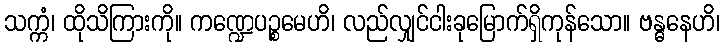
သက္ကံ၊ ထိုသိကြားကို။ ကဏ္ဍေပဉ္စမေဟိ၊ လည်လျှင်ငါးခုမြောက်ရှိကုန်သော။ ဗန္ဓနေဟိ၊